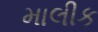
માલીક